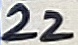
Text: 22